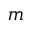
m